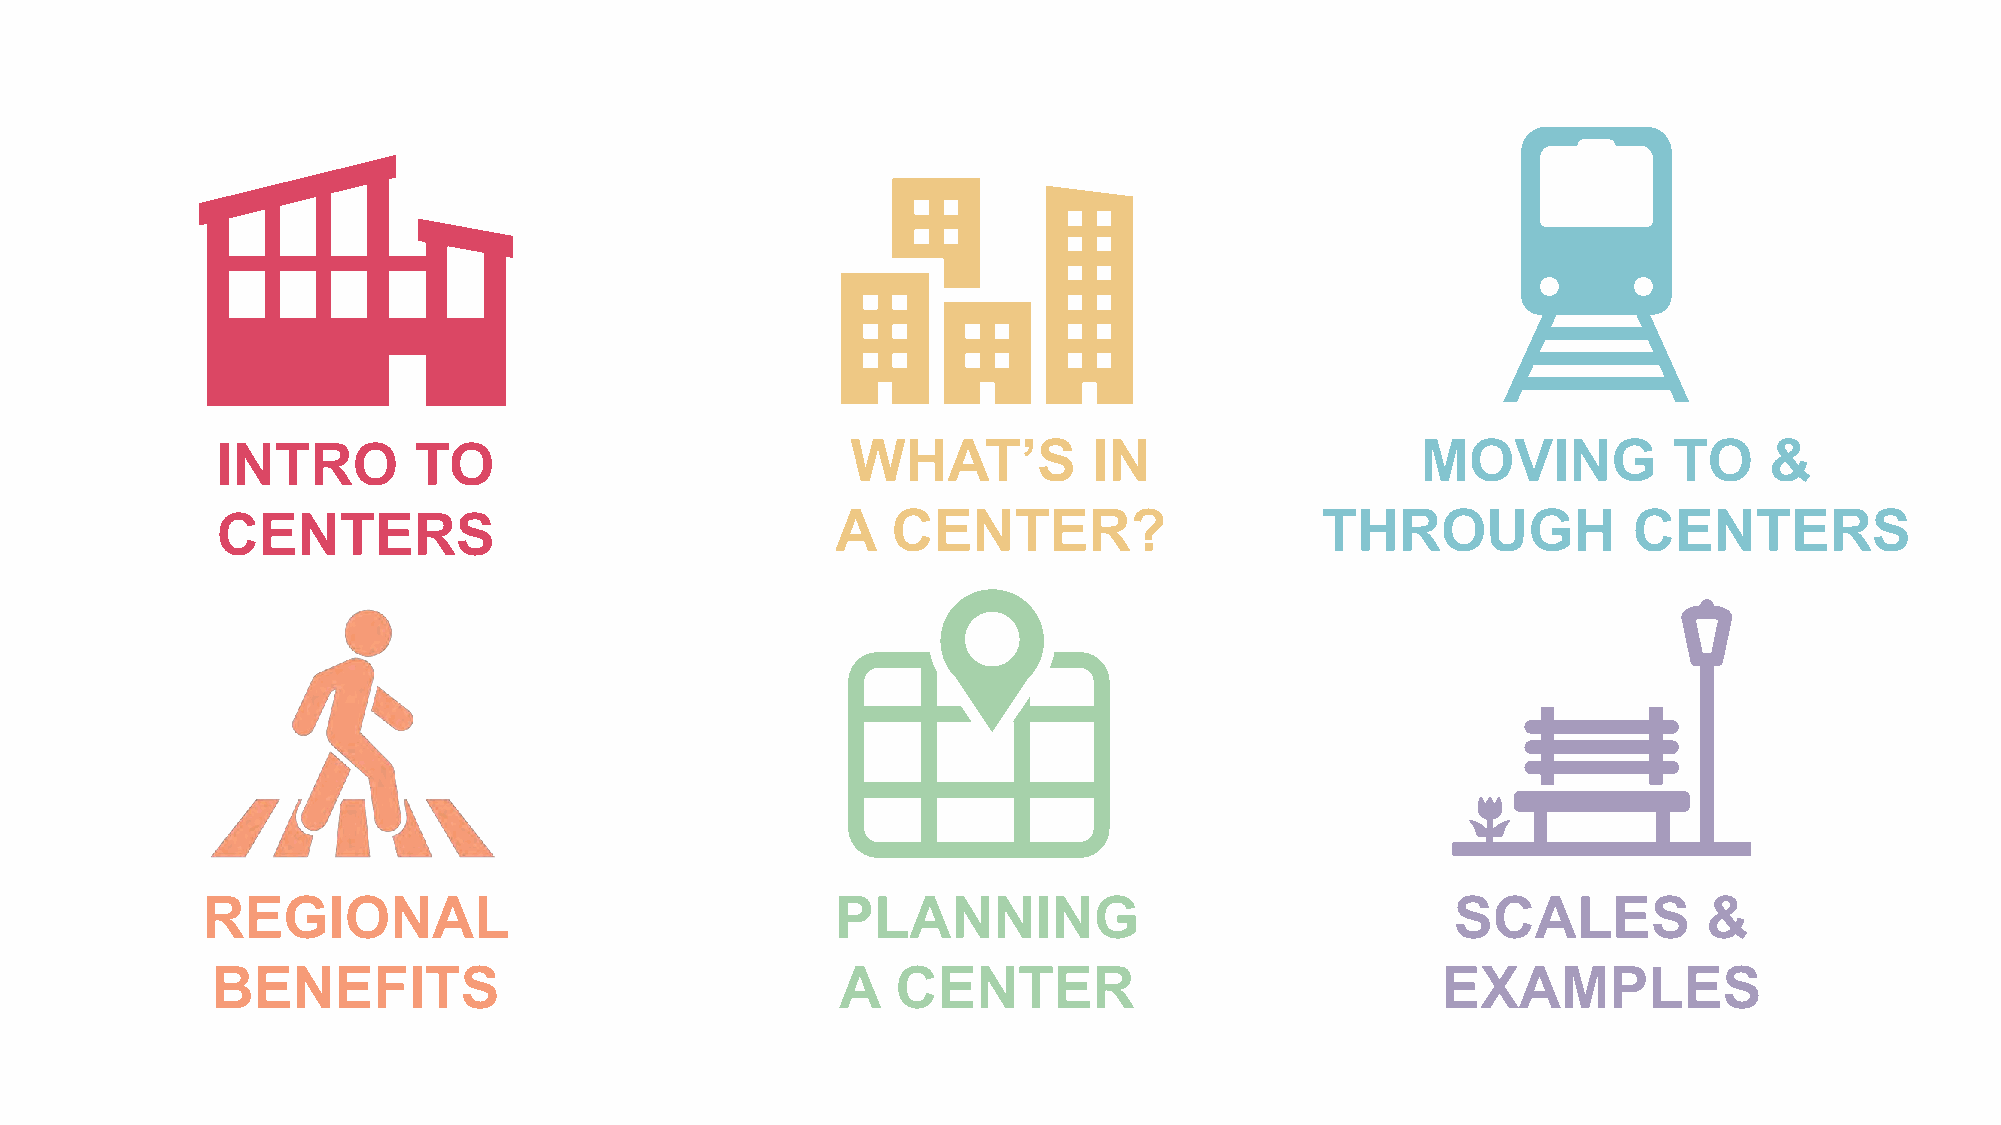
INTRO        TO                           WHAT’S          IN                    MOVING           TO    &
 CENTERS                                  A   CENTER?                     THROUGH              CENTERS
 REGIONAL                                  PLANNING                                 SCALES           &
 BENEFITS                                  A  CENTER                              EXAMPLES